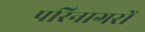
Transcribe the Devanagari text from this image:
परिनागरों